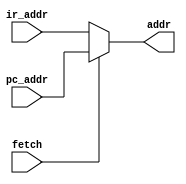
// This program was cloned from: https://github.com/huangxc6/verilog_practice
// License: MIT License

/*-----------------------------------------------\
 --         
Used to select whether the output address is a PC (program count) address 
or a data/port address. 

The first four clock cycles of each instruction cycle are used to 
read instructions from the ROM species and the output is the PC address; 
the last four clock cycles are used to read or write to RAM or the port.

The address multiplexer and the data controller perform very similar functions.

The fetch signal is used to control the address output, 
high level output pc_addr ,low level output ir_addr ;pc_addr instruction address.
pc_addr Instruction address;
ir_addr ram or port address          --
\-----------------------------------------------*/

module adr (
    	input fetch , // enable
    	input [12:0] ir_addr ,
    	input [12:0] pc_addr ,

    	output wire [12:0] addr
    	
    );

	assign addr = fetch ? pc_addr : ir_addr ;
    
endmodule